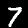
Digit: 7